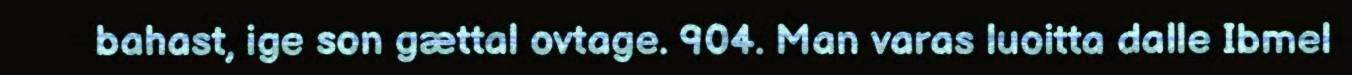
bahast, ige son gættal ovtage. 904. Man varas luoitta dalle Ibmel